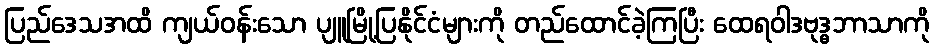
ပြည်ဒေသအထိ ကျယ်ဝန်းသော ပျူမြို့ပြနိုင်ငံများကို တည်ထောင်ခဲ့ကြပြီး ထေရဝါဒဗုဒ္ဓဘာသာကို